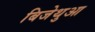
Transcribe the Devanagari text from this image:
बिजेथुआ